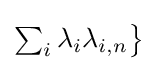
{\textstyle \sum _{i}\lambda _{i}\lambda _{i,n}{\bigr \}}}